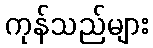
ကုန်သည်များ